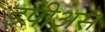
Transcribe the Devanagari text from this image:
इपीअस